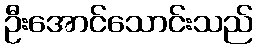
ဦးအောင်သောင်းသည်